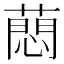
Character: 蕄